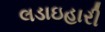
લડાઇહારી